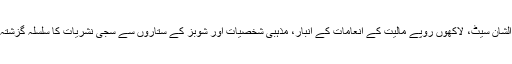
پروفیسرانعام کے مطابق یہ ہی وجہ ہے کہ خوبصورتی سے سجائے گئے اسٹیج، عظیم الشان سیٹ، لاکھوں روپے مالیت کے انعامات کے انبار، مذہبی شخصیات اور شوبز کے ستاروں سے سجی نشریات کا سلسلہ گزشتہ چند برسوں میں رمضان کے مہینے میں خصوصی اہتمام کے ساتھ پیش کیا جا رہا ہے۔